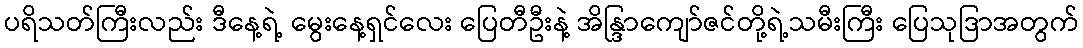
ပရိသတ်ကြီးလည်း ဒီနေ့ရဲ့ မွေးနေ့ရှင်လေး ပြေတီဦးနဲ့ အိန္ဒြာကျော်ဇင်တို့ရဲ့သမီးကြီး ပြေသုဒြာအတွက်